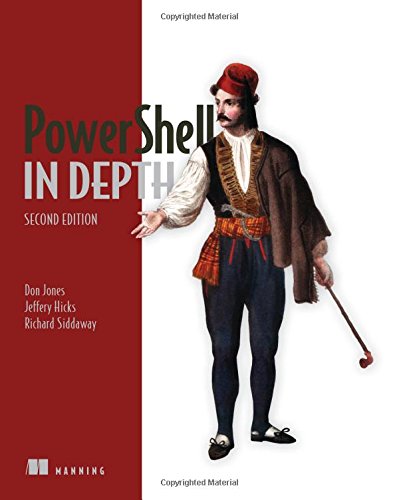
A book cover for PowerShell in Depth; Don Jones; Computers & Technology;